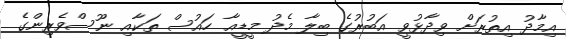
އިމާދު އިތުރަށް ވިދާޅުވީ އަބުރުގެ ބިލާ މެދު މީޑީއާ ހައުސް ތަކާއި ނޫސްވެރިންގެ